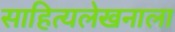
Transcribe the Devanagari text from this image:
साहित्यलेखनाला